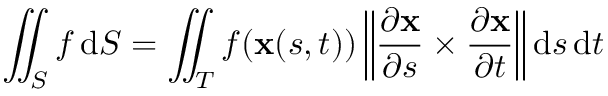
\iint _ { S } f \, \mathrm { d } S = \iint _ { T } f ( \mathbf { x } ( s , t ) ) \left\| { \frac { \partial \mathbf { x } } { \partial s } } \times { \frac { \partial \mathbf { x } } { \partial t } } \right\| \mathrm { d } s \, \mathrm { d } t